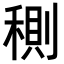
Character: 𥠉